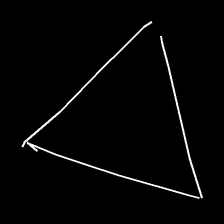
Glyph: convergence